Civil Veterinary Department Bihar reports 1936-40 - 1936-1940
Year: 1936
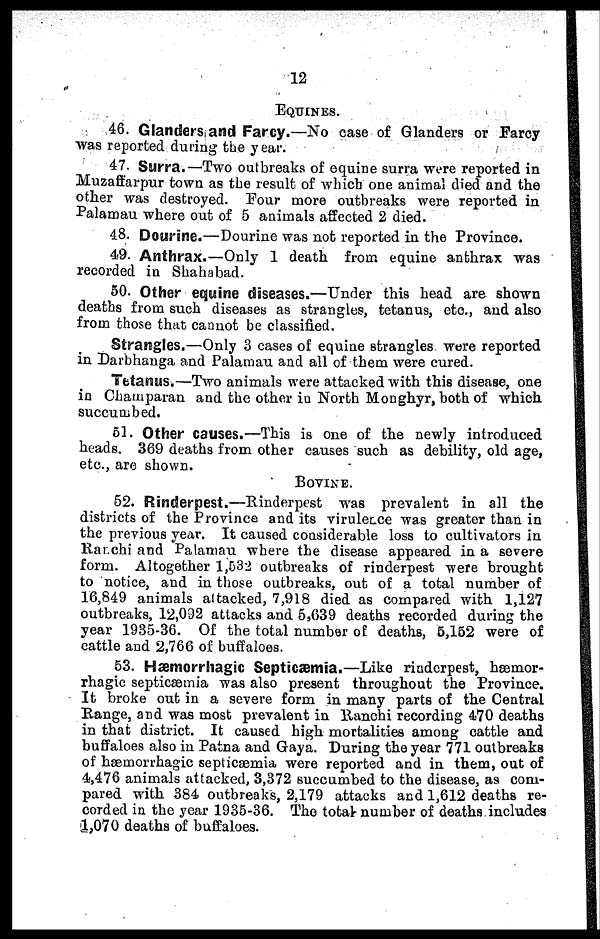
12
Equines.
46. Glanders and Farcy.—No case of Glanders or Farcy
was reported during the year.
47. Surra.—Two outbreaks of equine surra wore reported in
Muzaffarpur town as the result of which one animal died and the
other was destroyed. Four more outbreaks were reported in
Palamau where out of 5 animals affected 2 died.
48. Dourine.—Dourine was not reported in the Province.
49. Anthrax.—Only 1 death from equine anthrax was
recorded in Shahabad.
50. Other equine diseases.—Under this head are shown
deaths from such diseases as strangles, tetanus, etc., and also
from those that cannot be classified.
Strangles.—Only 3 cases of equine strangles were reported
in Darbhanga and Palamau and all of them were cured.
Tetanus.—Two animals were attacked with this disease, one
in Chainparan and the other in North Monghyr, both of which
succumbed.
61. Other causes.—This is one of the newly introduced
heads. 369 deaths from other causes such as debility, old age,
etc., are shown.
Bovine.
52. Rinderpest.—Rinderpest was prevalent in all the
districts of the Province and its virulence was greater than in
the previous year. It caused considerable loss to cultivators in
Ranchi and Palaman where the disease appeared in a severe
form. Altogether 1,032 outbreaks of rinderpest were brought
to notice, and in those outbreaks, out of a total number of
16,849 animals attacked, 7,918 died as compared with 1,127
outbreaks, 12,092 attacks and 5,039 deaths recorded during the
year 1935-36. Of the total number of deaths, 5,162 were of
cattle and 2,766 of buffaloes.
53. Hæmorrhagic Septicæmia.—Like rinderpest, hæmor-
rhagic septicæmia was also present throughout the Province.
It broke out in a severe form in many parts of the Central
Bange, and was most prevalent in Ranchi recording 470 deaths
in that district. It caused high mortalities among cattle and
buffaloes also in Patna and Gaya. During the year 771 outbreaks
of hæmorrhagic septicæmia were reported and in them, out of
4,476 animals attacked, 3,372 succumbed to the disease, as com-
pared with 384 outbreaks, 2,179 attacks and 1,612 deaths re-
corded in the year 1935-36. The total number of deaths includes
1,070 deaths of buffaloes.